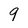
Character: 9